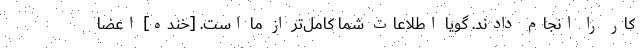
کار را انجام دادند. گویا اطلاعات شما کامل‌تر از ما است. [خنده] اعضا